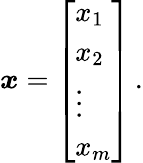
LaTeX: {\boldsymbol{\mathit{x}}}={\left[\begin{array}{l}{x_{1}}\\ {x_{2}}\\ {\vdots}\\ {x_{m}}\end{array}\right]}\, .